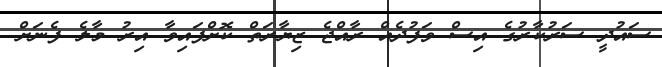
ސައުދީ ސަރުކާރުގެ އިސް ވަފުދެއް ރާއްޖެ ޒިޔާރަތް ކޮށްފައިވާ އިރު މާލެ ފެނަށް